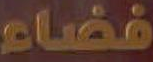
فضاء